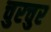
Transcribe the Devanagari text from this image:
चुरचुर